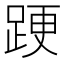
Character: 𨁈